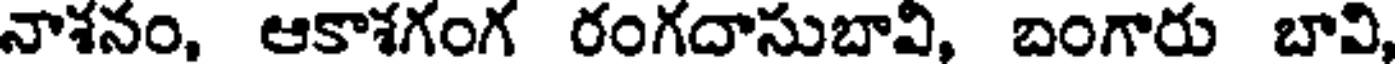
నాశనం, ఆకాశగంగ రంగదాసుబావి, బంగారు బావి,